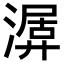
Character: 𣼨